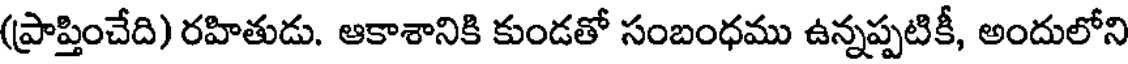
(ప్రాప్తించేది) రహితుడు. ఆకాశానికి కుండతో సంబంధము ఉన్నప్పటికీ, అందులోని